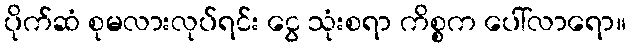
ပိုက်ဆံ စုမလားလုပ်ရင်း ငွေ သုံးစရာ ကိစ္စက ပေါ်လာရော။